Indian journal of veterinary science and animal husbandry - Volume 1,
Year: 1931
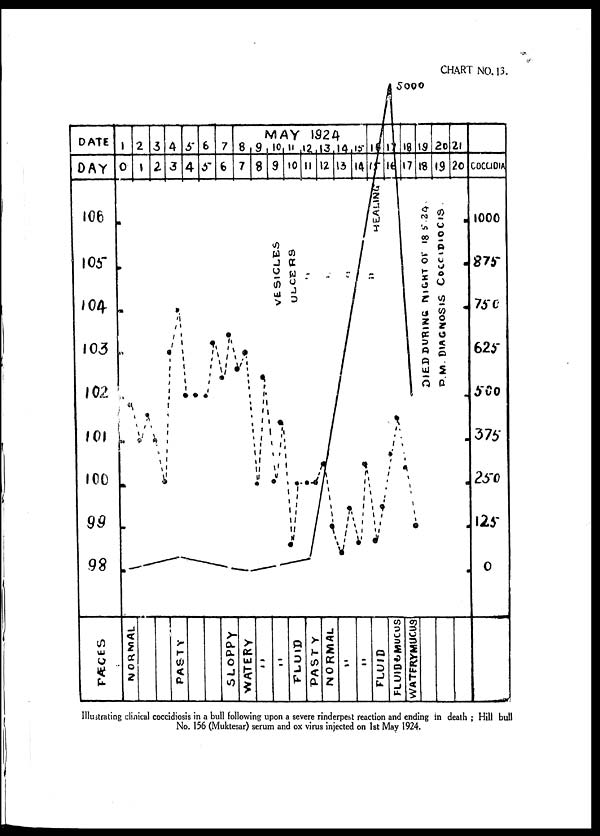
Illustrating clinical coccidiosis in a bull following upon a severe rinderpest reaction and ending in death ; Hill bull
No. 156 (Muktesar) serum and ox virus injected on 1st May 1924.